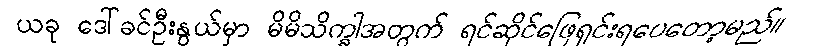
ယခု ဒေါ်ခင်ဦးနွယ်မှာ မိမိသိက္ခါအတွက် ရင်ဆိုင်ဖြေရှင်းရပေတော့မည်။